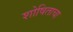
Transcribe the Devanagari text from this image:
शोषिताचा